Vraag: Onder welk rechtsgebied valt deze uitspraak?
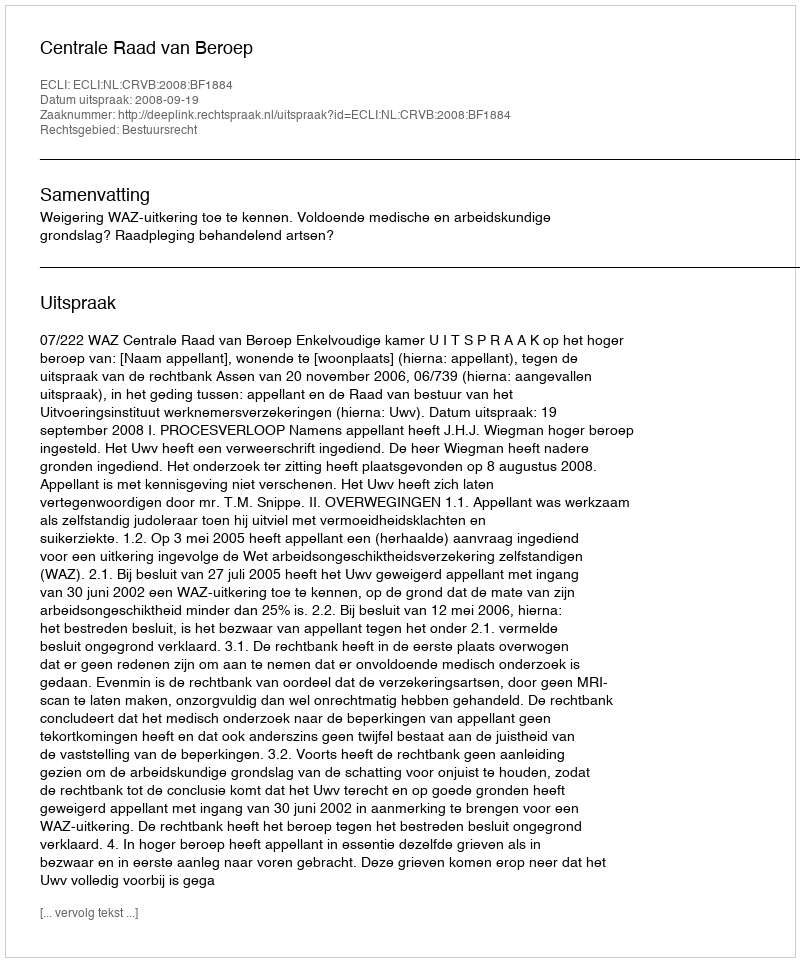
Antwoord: Bestuursrecht